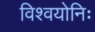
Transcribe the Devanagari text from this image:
विश्वयोनिः